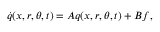
\dot { q } ( x , r , \theta , t ) = A q ( x , r , \theta , t ) + B f ,